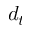
d _ { t }